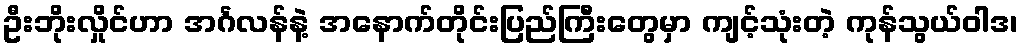
ဦးဘိုးလှိုင်ဟာ အင်္ဂလန်နဲ့ အနောက်တိုင်းပြည်ကြီးတွေမှာ ကျင့်သုံးတဲ့ ကုန်သွယ်ဝါဒ၊